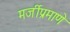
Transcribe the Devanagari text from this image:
मर्जीप्रमाणे